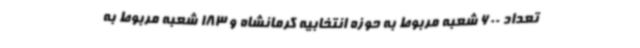
تعداد 600 شعبه مربوط به حوزه انتخابیه کرمانشاه و 183 شعبه مربوط به